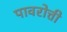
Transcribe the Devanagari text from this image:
पावरोत्ती